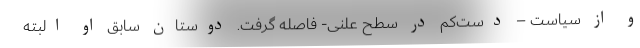
و از سیاست – دست‌کم در سطح علنی- فاصله گرفت. دوستان سابق او البته